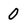
Character: 0